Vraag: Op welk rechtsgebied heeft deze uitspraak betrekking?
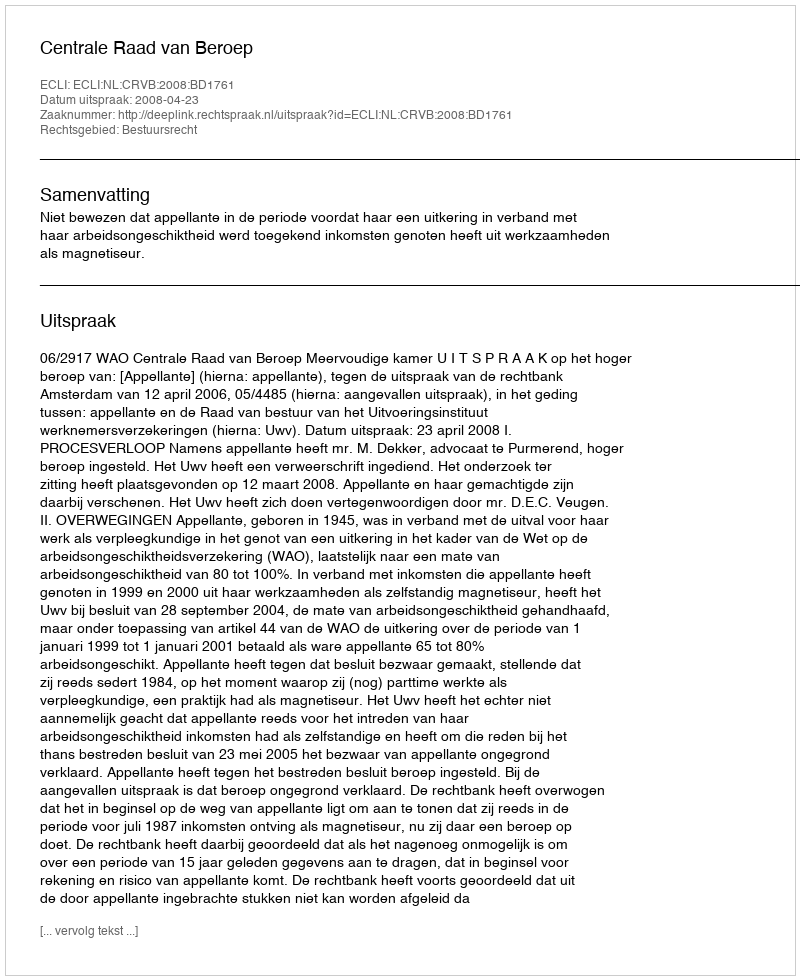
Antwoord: Bestuursrecht